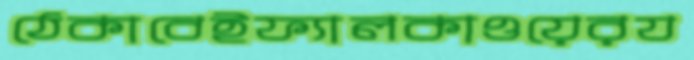
ঠেকাবেইফ্যালকাওয়েরয